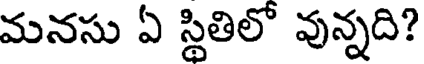
మనసు ఏ స్థితిలో వున్నది?